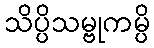
သိပ္ပိသမ္ဗုကမ္ပိ